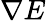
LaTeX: \nabla E